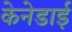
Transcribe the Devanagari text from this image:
केनेडाई